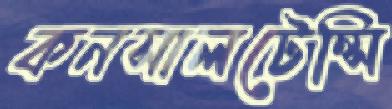
কনসালটেন্সি